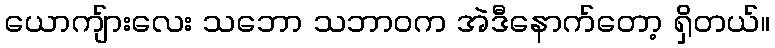
ယောကျ်ားလေး သဘော သဘာဝက အဲဒီနောက်တော့ ရှိတယ်။